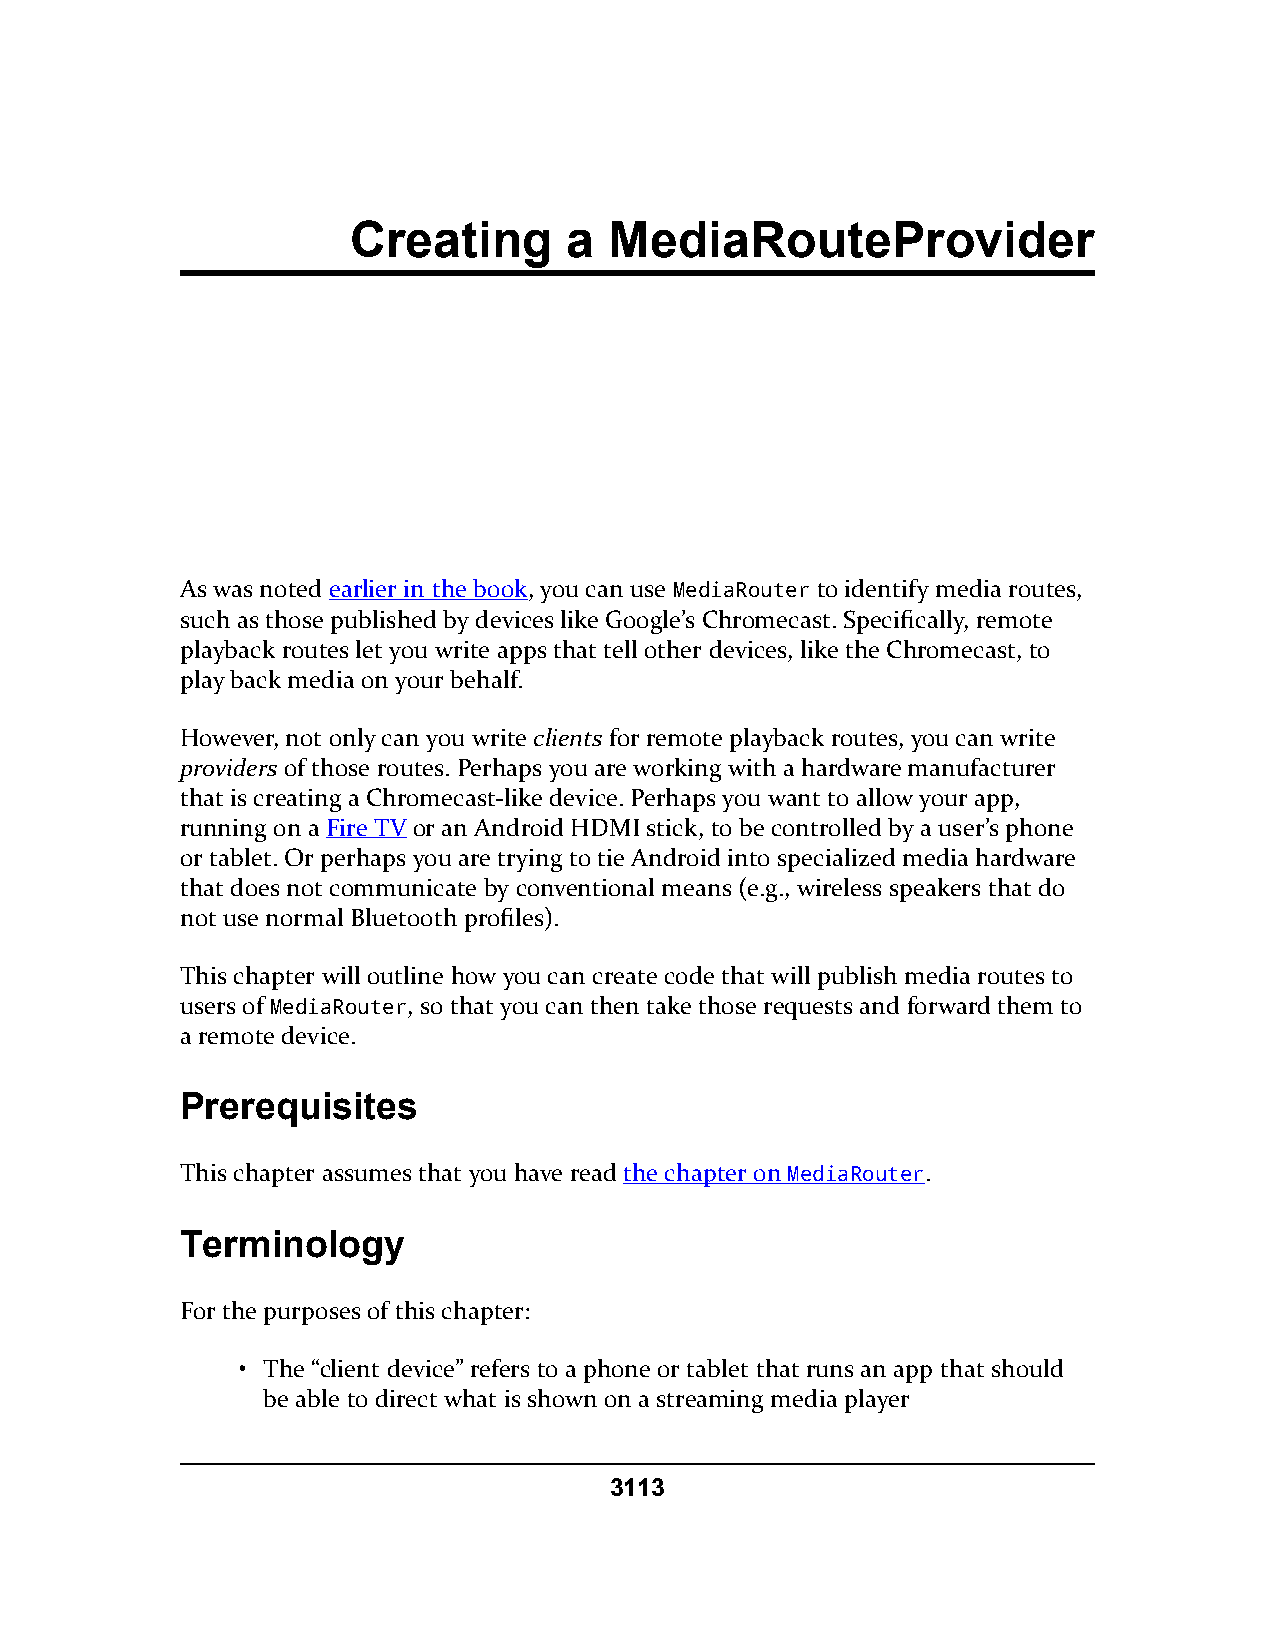
Creating       a MediaRouteProvider
 As was noted earlier in the book, you can use MediaRouter to identify media routes,
 such as those published by devices like Google’s Chromecast. Specifically, remote
 playback routes let you write apps that tell other devices, like the Chromecast, to
 play back media on your behalf.
 However, not only can you write clients for remote playback routes, you can write
 providers of those routes. Perhaps you are working with a hardware manufacturer
 that is creating a Chromecast-like device. Perhaps you want to allow your app,
 running on a Fire TV or an Android HDMI stick, to be controlled by a user’s phone
 or tablet. Or perhaps you are trying to tie Android into specialized media hardware
 that does not communicate by conventional means (e.g., wireless speakers that do
 not use normal Bluetooth profiles).
 This chapter will outline how you can create code that will publish media routes to
 users of MediaRouter, so that you can then take those requests and forward them to
 a remote device.
 Prerequisites
 This chapter assumes that you have read the chapter on MediaRouter.
 Terminology
 For the purposes of this chapter:
 • The “client device” refers to a phone or tablet that runs an app that should
 be able to direct what is shown on a streaming media player
 3113